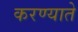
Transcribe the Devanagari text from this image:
करण्याते